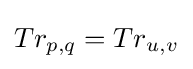
Tr_{p,q}=Tr_{u,v}